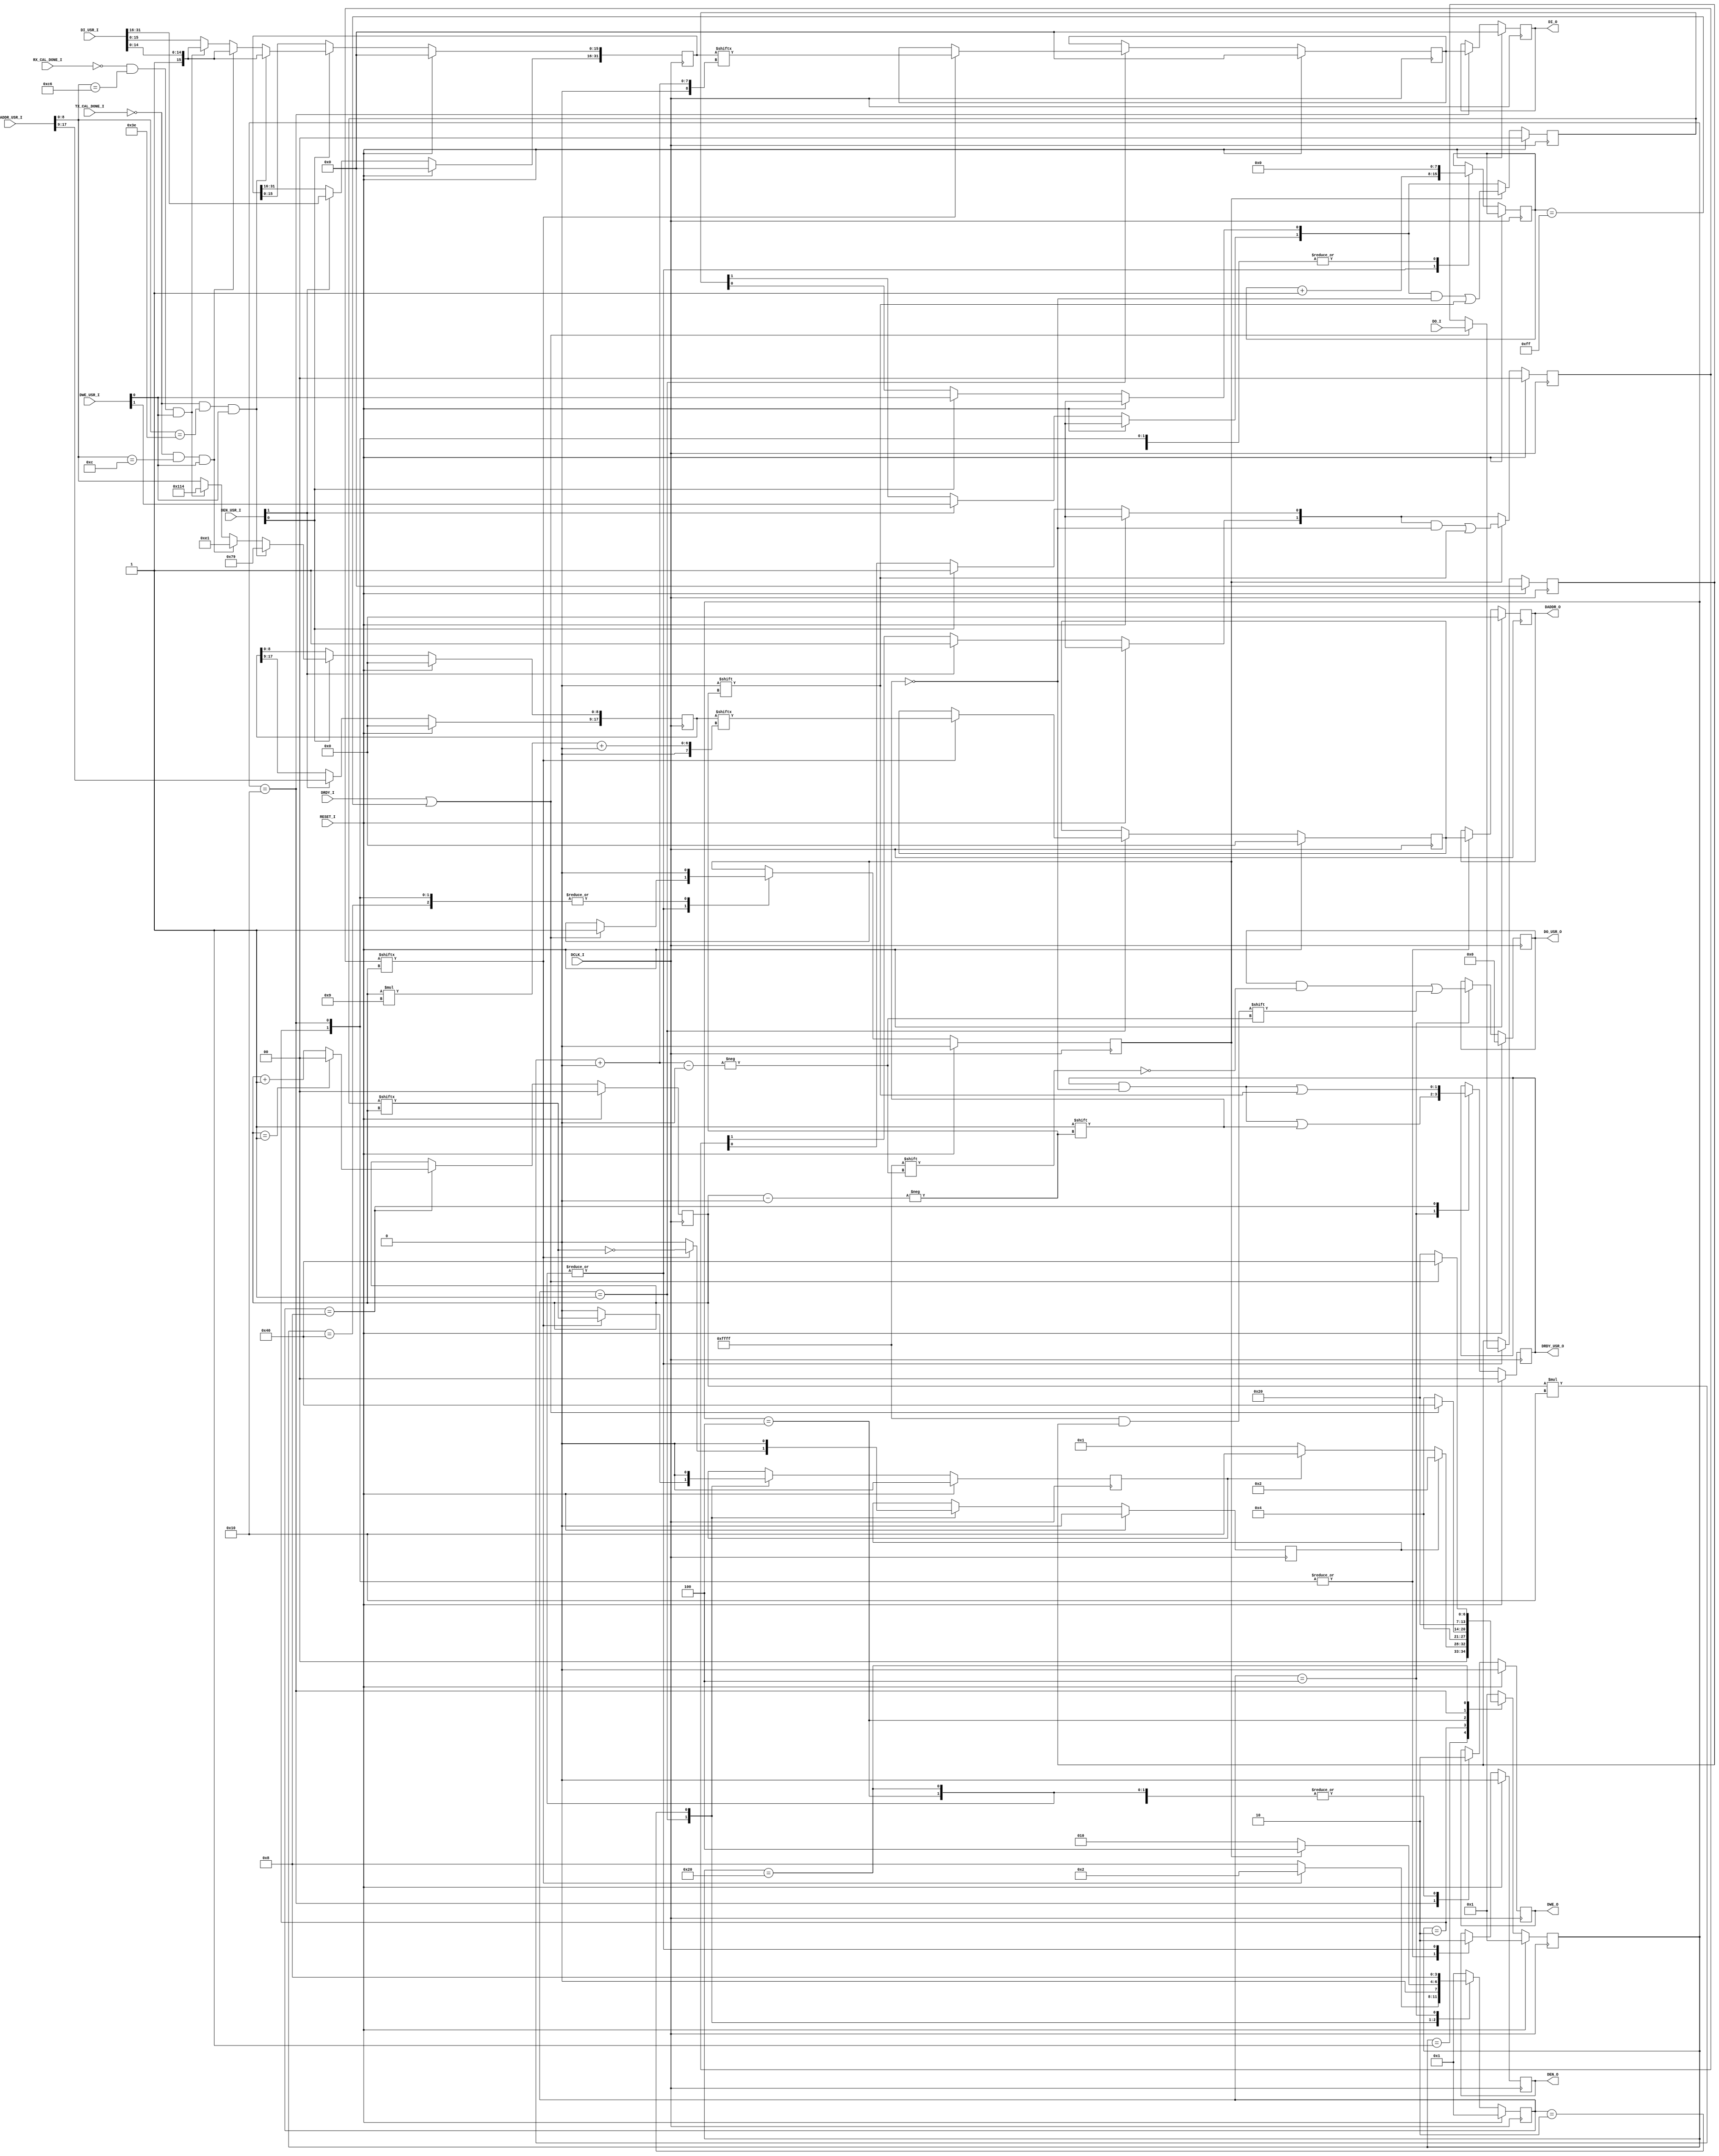
module gtwizard_ultrascale_v1_7_1_gte4_drp_arb
#(
  parameter [9:0]  ADDR_TX_PROGCLK_SEL = 10'h00C,
  parameter [9:0]  ADDR_TX_PROGDIV_CFG = 10'h03E, //GTY /GTH addresses are different  (003E in GTH; 0057 in GTY)
  parameter [9:0]  ADDR_RX_PROGDIV_CFG = 10'h0C6,
  parameter [9:0]  ADDR_X0E1 = 10'h0E1,
  parameter [9:0]  ADDR_X079 = 10'h079,
  parameter [9:0]  ADDR_X114 = 10'h114,
  parameter C_NUM_CLIENTS = 2,
  parameter C_ADDR_WIDTH = 9,
  parameter C_DATA_WIDTH = 16
)
(
  input  wire                                     DCLK_I,
  input  wire                                     RESET_I,
  input wire                                      TX_CAL_DONE_I,
  input wire                                      RX_CAL_DONE_I,
  input  wire [C_NUM_CLIENTS-1:0]                 DEN_USR_I,
  input  wire [C_NUM_CLIENTS-1:0]                 DWE_USR_I,
  input  wire [(C_ADDR_WIDTH*C_NUM_CLIENTS)-1:0]  DADDR_USR_I,
  input  wire [(C_DATA_WIDTH*C_NUM_CLIENTS)-1:0]  DI_USR_I,
  output reg  [(C_DATA_WIDTH*C_NUM_CLIENTS)-1:0]  DO_USR_O = 'h0,
  output reg  [C_NUM_CLIENTS-1:0]                 DRDY_USR_O = 'h0,
  output reg                                      DEN_O = 1'b0,
  output reg                                      DWE_O = 1'b0,
  output reg  [C_ADDR_WIDTH-1:0]                  DADDR_O = 1'b0,
  output reg  [C_DATA_WIDTH-1:0]                  DI_O = 'h0,
  input  wire [C_DATA_WIDTH-1:0]                  DO_I,
  input  wire                                     DRDY_I
);
  //  log base 2
  function integer clogb2;
    input integer depth;
    integer d;
    begin
      if (depth == 0)
        clogb2 = 1;
      else
      begin
        d = depth;
        for (clogb2=0; d > 0; clogb2 = clogb2+1)
          d = d >> 1;
      end
    end
  endfunction
  reg [clogb2(C_NUM_CLIENTS)-1:0]         idx = 'b0;
  reg                                     done = 1'b0;
  reg                                     rd = 1'b0;
  reg                                     wr = 1'b0;
  reg [C_NUM_CLIENTS-1:0]                 en = 'h0;
  reg [C_NUM_CLIENTS-1:0]                 we = 'h0;
  reg [(C_DATA_WIDTH*C_NUM_CLIENTS)-1:0]  data_i = 'h0;
  reg [(C_ADDR_WIDTH*C_NUM_CLIENTS)-1:0]  addr_i = 'h0;
  reg [C_DATA_WIDTH-1:0]                  di = 'h0;
  reg [C_ADDR_WIDTH-1:0]                  daddr = 'h0;
  reg [C_DATA_WIDTH-1:0]                  do_r = 'h0;
  // Arbitration state machine encodings
  localparam [3:0] ARB_START    = 4'd1;
  localparam [3:0] ARB_WAIT     = 4'd2;
  localparam [3:0] ARB_REPORT   = 4'd4;
  localparam [3:0] ARB_INC      = 4'd8;
  reg [3:0] arb_state = ARB_START;
  // DRP state machine encodings
  localparam [6:0] DRP_WAIT      = 7'd1;
  localparam [6:0] DRP_READ      = 7'd2;
  localparam [6:0] DRP_READ_ACK  = 7'd4;
  localparam [6:0] DRP_MODIFY    = 7'd8;
  localparam [6:0] DRP_WRITE     = 7'd16;
  localparam [6:0] DRP_WRITE_ACK = 7'd32;
  localparam [6:0] DRP_DONE      = 7'd64;
  reg [6:0] drp_state = DRP_WAIT;
  reg [7:0] timeout_cntr = 0;
  integer i;
  // Register incoming transactions: grab data, address, write enable when DEN is high
  // Clear internal enable when transaction is (eventually) finished
  always @(posedge DCLK_I)
  begin
    if (RESET_I)
    begin
      en <= 'b0;
      we <= 'b0;
      data_i <= 'b0;
      addr_i <= 'b0;
    end
    else
    begin
      if (DEN_USR_I[0]) begin
        en[0] <= 1'b1;  // this means this client wants to do a transaction
        we[0] <= DWE_USR_I[0];
        //data_i[(i*C_DATA_WIDTH) +: C_DATA_WIDTH] <= DI_USR_I[(i*C_DATA_WIDTH) +: C_DATA_WIDTH];
        //addr_i[(i*C_ADDR_WIDTH) +: C_ADDR_WIDTH] <= DADDR_USR_I[(i*C_ADDR_WIDTH) +: C_ADDR_WIDTH];
        // if cpll cal not done (mask) from cpll cal, if user tries to write, always save progdiv to temp holding place.
        if (!TX_CAL_DONE_I && DADDR_USR_I[(0*C_ADDR_WIDTH) +: C_ADDR_WIDTH] == ADDR_TX_PROGDIV_CFG && DWE_USR_I[0]) begin
            addr_i[(0*C_ADDR_WIDTH) +: C_ADDR_WIDTH] <= ADDR_X079;
            data_i[(0*C_DATA_WIDTH) +: C_DATA_WIDTH] <= {1'b1,DI_USR_I[(0*C_DATA_WIDTH) +: C_DATA_WIDTH-1]};
        end
        else if (!TX_CAL_DONE_I && DADDR_USR_I[(0*C_ADDR_WIDTH) +: C_ADDR_WIDTH] == ADDR_TX_PROGCLK_SEL && DWE_USR_I[0]) begin
            addr_i[(0*C_ADDR_WIDTH) +: C_ADDR_WIDTH] <= ADDR_X0E1;
            data_i[(0*C_DATA_WIDTH) +: C_DATA_WIDTH] <= {1'b1,DI_USR_I[(0*C_DATA_WIDTH) +: C_DATA_WIDTH-1]};
        end
        else if (!RX_CAL_DONE_I && DADDR_USR_I[(0*C_ADDR_WIDTH) +: C_ADDR_WIDTH] == ADDR_RX_PROGDIV_CFG && DWE_USR_I[0]) begin
            addr_i[(0*C_ADDR_WIDTH) +: C_ADDR_WIDTH] <= ADDR_X114;
            data_i[(0*C_DATA_WIDTH) +: C_DATA_WIDTH] <= {1'b1,DI_USR_I[(0*C_DATA_WIDTH) +: C_DATA_WIDTH-1]};
        end
        else begin
            //behave normal
            addr_i[(0*C_ADDR_WIDTH) +: C_ADDR_WIDTH] <= DADDR_USR_I[(0*C_ADDR_WIDTH) +: C_ADDR_WIDTH];
            data_i[(0*C_DATA_WIDTH) +: C_DATA_WIDTH] <= DI_USR_I[(0*C_DATA_WIDTH) +: C_DATA_WIDTH];
        end
      end
      for (i = 1; i < C_NUM_CLIENTS; i= i+1)
      begin
        if (DEN_USR_I[i])
        begin
          en[i] <= 1'b1;  // this means this client wants to do a transaction
          we[i] <= DWE_USR_I[i];
          data_i[(i*C_DATA_WIDTH) +: C_DATA_WIDTH] <= DI_USR_I[(i*C_DATA_WIDTH) +: C_DATA_WIDTH];
          addr_i[(i*C_ADDR_WIDTH) +: C_ADDR_WIDTH] <= DADDR_USR_I[(i*C_ADDR_WIDTH) +: C_ADDR_WIDTH];
        end
      end
      if (done)
      begin
        en[idx] <= 1'b0;
        we[idx] <= 1'b0;
      end
    end
  end
  // Arbitration FSM - does a round-robin arbritration scheme
  always @(posedge DCLK_I)
  begin
    if (RESET_I)
    begin
      idx <= 'b0;
      di <= 'b0;
      daddr <= 'b0;
      rd <= 1'b0;
      wr <= 1'b0;
      arb_state <= ARB_START;
      DRDY_USR_O <= 'b0;
      DO_USR_O <= 'b0;
    end
    else
    begin
      case (arb_state)
        ARB_START: begin
          if (en[idx] == 1'b1)
          begin
            di    <= data_i[idx*C_DATA_WIDTH +: C_DATA_WIDTH];
            daddr <= addr_i[idx*C_ADDR_WIDTH +: C_ADDR_WIDTH];
            rd    <= !we[idx];
            wr    <= we[idx];
            arb_state <= ARB_WAIT;
          end
          else
          begin
            rd    <= 1'b0;
            wr    <= 1'b0;
            arb_state <= ARB_INC;
          end
        end
        ARB_WAIT: begin
          rd <= 1'b0;
          wr <= 1'b0;
          if (done == 1'b1)
            arb_state <= ARB_REPORT;
          else
            arb_state <= ARB_WAIT;
        end
        ARB_REPORT: begin
          DRDY_USR_O[idx] <= 1'b1;
          DO_USR_O[idx*C_DATA_WIDTH +: C_DATA_WIDTH] <= do_r;
          arb_state <= ARB_INC;
        end
        ARB_INC : begin
          DRDY_USR_O[idx] <= 1'b0;
          if (idx == C_NUM_CLIENTS-1)
            idx <= 1'b0;
          else
            idx <= idx + 1;
          arb_state <= ARB_START;
        end
        default: arb_state <= ARB_START;
      endcase
    end
  end
  // DRP FSM - does the actual DRP read or write
  always @(posedge DCLK_I)
  begin
    if (RESET_I)
    begin
      DEN_O <=  1'b0;
      DWE_O <=  1'b0;
      DI_O <=  16'h0000;
      DADDR_O <= 'b0;
      do_r <= 'b0;
      drp_state <=  DRP_WAIT;
      done <=  1'b0;
    end
    else
    begin
      case (drp_state)
        DRP_WAIT: begin
          timeout_cntr <= 8'h0;
          if (rd) drp_state <=  DRP_READ;
          else if (wr) drp_state <=  DRP_WRITE;
          else         drp_state <=  DRP_WAIT;
        end
        DRP_READ: begin
          DEN_O <=  1'b1;
          DWE_O <=  1'b0;
          DADDR_O <= daddr;
          timeout_cntr <= 8'h0;
          done <= 1'b0;
          drp_state <=  DRP_READ_ACK;
        end
        DRP_READ_ACK: begin
          DEN_O <=  1'b0;
          DWE_O <=  1'b0;
          timeout_cntr <= timeout_cntr + 1;
          if (DRDY_I == 1'b1 || timeout_cntr == 8'hFF)
          begin
            do_r <= DO_I;
            done <= 1'b1;
            drp_state <=  DRP_DONE;
          end
          else
            drp_state <=  DRP_READ_ACK;
        end
        DRP_WRITE: begin
          DEN_O <=  1'b1;
          DWE_O <=  1'b1;
          DADDR_O <=  daddr;
          DI_O <=  di;
          timeout_cntr <= 8'h0;
          done <= 1'b0;
          drp_state <=  DRP_WRITE_ACK;
        end
        DRP_WRITE_ACK: begin
          DEN_O <=  1'b0;
          DWE_O <=  1'b0;
          timeout_cntr <= timeout_cntr + 1;
          if (DRDY_I == 1'b1 || timeout_cntr == 8'hFF)
          begin
            do_r <= DO_I;
            done <= 1'b1;
            drp_state <=  DRP_DONE;
          end
          else
            drp_state <=  DRP_WRITE_ACK;
        end
        DRP_DONE: begin
          timeout_cntr <= 8'h0;
          done <= 1'b0; // done was asserted in the previous state
          drp_state <=  DRP_WAIT;
        end
          default: drp_state <=  DRP_WAIT;
      endcase
    end
  end
endmodule